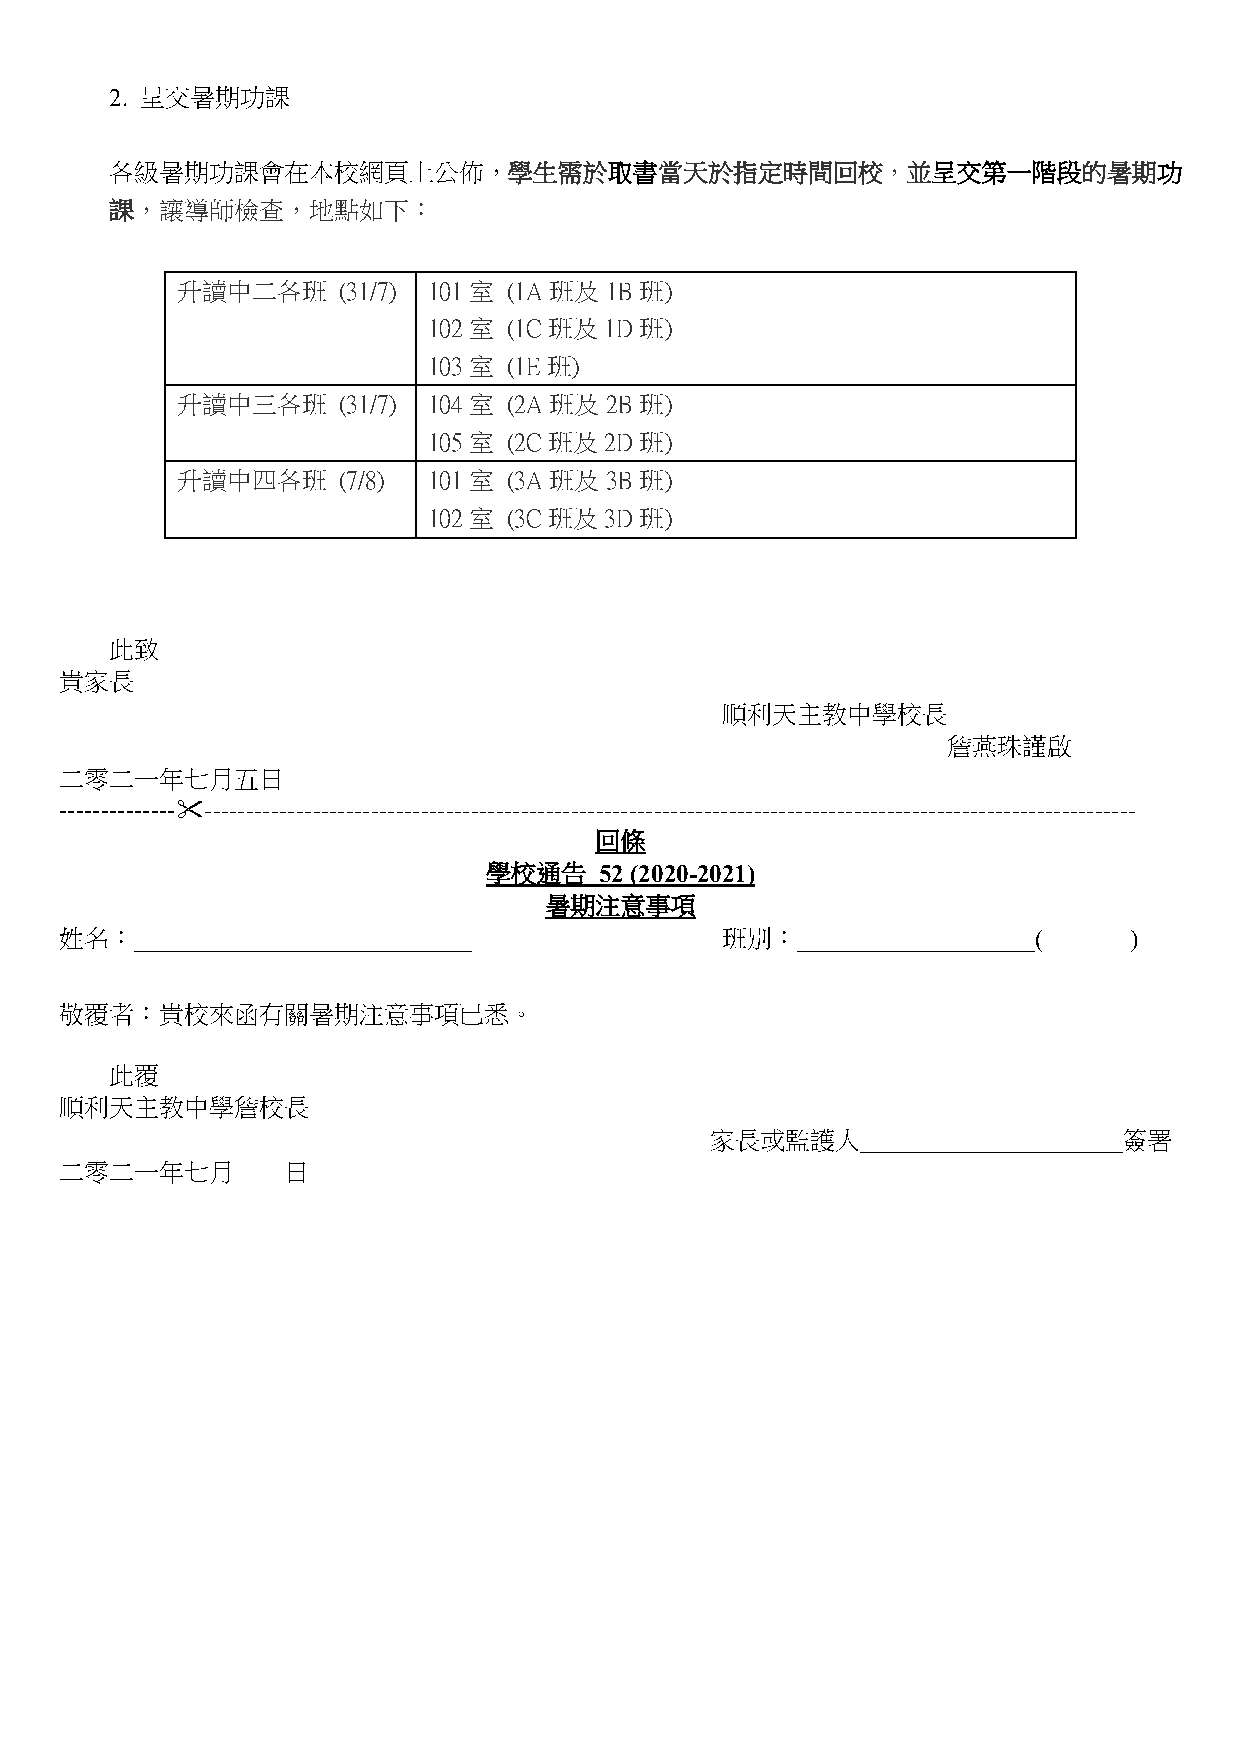
2. 呈交暑期功課
 各級暑期功課會在本校網頁上公佈，學生需於取書當天於指定時間回校，並呈交第一階段的暑期功
 課，讓導師檢查，地點如下：
 升讀中二各班    (31/7) 101室 (1A 班及1B 班)
 102室  (1C 班及1D 班)
 103室  (1E班)
 升讀中三各班    (31/7) 104室 (2A 班及2B 班)
 105室  (2C 班及2D 班)
 升讀中四各班    (7/8) 101室  (3A 班及3B 班)
 102室  (3C 班及3D 班)
 此致
 貴家長
 順利天主教中學校長
 詹燕珠謹啟
 二零二一年七月五日
 ------------------------------------------------------------------------------------------------------------------------------
 回條
 學校通告    52 (2020-2021)
 暑期注意事項
 姓名︰___________________________              班別︰___________________(    )
 敬覆者：貴校來函有關暑期注意事項已悉。
 此覆
 順利天主教中學詹校長
 家長或監護人_____________________簽署
 二零二一年七月        日